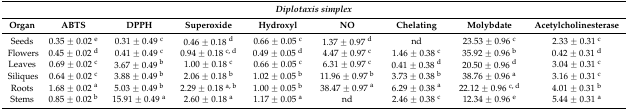
| <COLSPAN=9> Diplotaxis simplex |
 | Organ | ABTS | DPPH | Superoxide | Hydroxyl | NO | Chelating | Molybdate | Acetylcholinesterase |
 | --- | --- | --- | --- | --- | --- | --- | --- | --- |
 | Seeds | 0.35 ± 0.02 e | 0.31 ± 0.49 c | 0.46 ± 0.18 d | 0.66 ± 0.05 c | 1.37 ± 0.97 d | nd | 23.53 ± 0.96 c | 2.33 ± 0.31 c |
 | Flowers | 0.45 ± 0.02 d | 0.41 ± 0.49 c | 0.94 ± 0.18 c, d | 0.49 ± 0.05 d | 4.47 ± 0.97 c | 1.46 ± 0.38 c | 35.92 ± 0.96 b | 0.42 ± 0.31 d |
 | Leaves | 0.69 ± 0.02 c | 3.67 ± 0.49 b | 1.00 ± 0.18 c | 0.66 ± 0.05 c | 6.31 ± 0.97 c | 0.41 ± 0.38 d | 20.50 ± 0.96 d | 3.04 ± 0.31 c |
 | Siliques | 0.64 ± 0.02 c | 3.88 ± 0.49 b | 2.06 ± 0.18 b | 1.02 ± 0.05 b | 11.96 ± 0.97 b | 3.73 ± 0.38 b | 38.76 ± 0.96 a | 3.16 ± 0.31 c |
 | Roots | 1.68 ± 0.02 a | 5.03 ± 0.49 b | 2.29 ± 0.18 a, b | 1.00 ± 0.05 b | 38.47 ± 0.97 a | 6.29 ± 0.38 a | 22.12 ± 0.96 c, d | 4.01 ± 0.31 b |
 | Stems | 0.85 ± 0.02 b | 15.91 ± 0.49 a | 2.60 ± 0.18 a | 1.17 ± 0.05 a | nd | 2.46 ± 0.38 c | 12.34 ± 0.96 e | 5.44 ± 0.31 a |